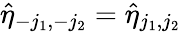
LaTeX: \hat{\eta}_{-j_{1},-j_{2}}=\hat{\eta}_{j_{1},j_{2}}